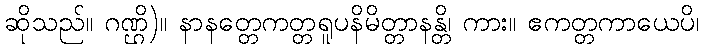
ဆိုသည်။ ဂဏ္ဌိ)။ နာနတ္တေကတ္တရူပနိမိတ္တာနန္တိ၊ ကား။ ဧကတ္တကာယေပိ၊